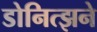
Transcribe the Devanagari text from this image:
डोनित्झने